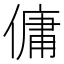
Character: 傭